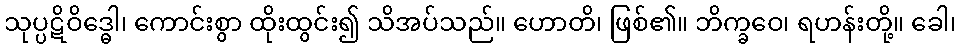
သုပ္ပဋိဝိဒ္ဓေါ၊ ကောင်းစွာ ထိုးထွင်း၍ သိအပ်သည်။ ဟောတိ၊ ဖြစ်၏။ ဘိက္ခဝေ၊ ရဟန်းတို့။ ခေါ၊